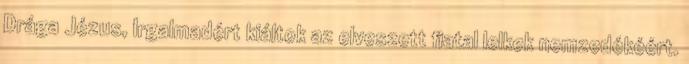
Drága Jézus, Irgalmadért kiáltok az elveszett fiatal lelkek nemzedékéért.